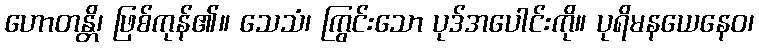
ဟောတန္တိ၊ ဖြစ်ကုန်၏။ သေသံ၊ ကြွင်းသော ပုဒ်အပေါင်းကို။ ပုရိမနယေနေဝ၊